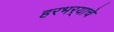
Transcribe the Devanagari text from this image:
हरभर्‍याचे